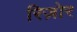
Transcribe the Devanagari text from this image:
रिज़ोर